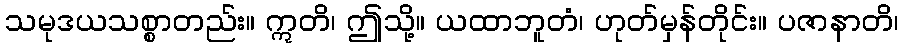
သမုဒယသစ္စာတည်း။ ဣတိ၊ ဤသို့။ ယထာဘူတံ၊ ဟုတ်မှန်တိုင်း။ ပဇာနာတိ၊